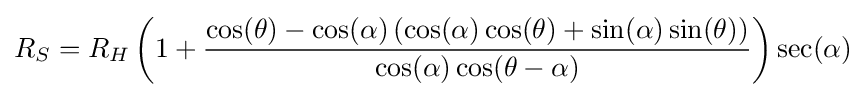
R_{S}=R_{H}\left(1+{\frac {\cos(\theta )-\cos(\alpha )\left(\cos(\alpha )\cos(\theta )+\sin(\alpha )\sin(\theta )\right)}{\cos(\alpha )\cos(\theta -\alpha )}}\right)\sec(\alpha )